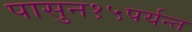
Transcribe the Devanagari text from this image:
पासुन१५पर्यन्त